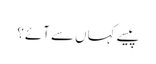
پیسے کہاں سے آئے؟